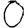
Digit: 0